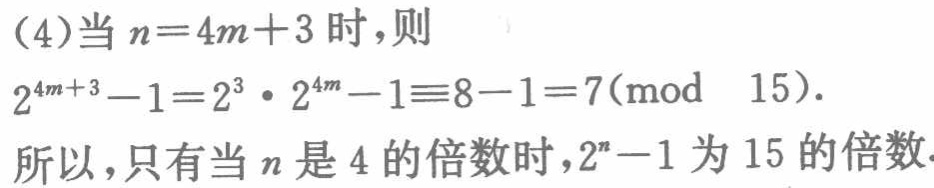
(4)当\(n = 4m + 3\)时，则

\(2^{4m + 3}-1 = 2^{3}\cdot2^{4m}-1\equiv8 - 1 = 7(\text{mod }15)\).

所以，只有当\(n\)是\(4\)的倍数时，\(2^{n}-1\)为\(15\)的倍数.